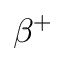
\beta ^ { + }